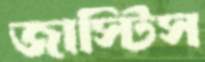
জাস্টিস